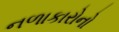
નળાકારોનો